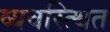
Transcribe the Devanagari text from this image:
व्यवस्त्थित